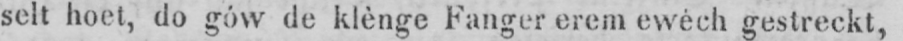
selt hoet, do gów de klènge Fanger erem ewéch gestreckt,